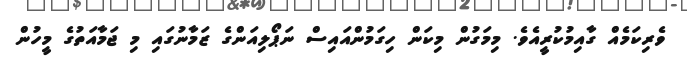
ވެރިކަމެއް ގާއިމުކުރީއެވެ. މިމަގުން މިކަން ހިގަމުންއައިސް ނަޕޯލިއަންގެ ޒަމާނުގައި މި ޖަމާއަތުގެ މީހުން